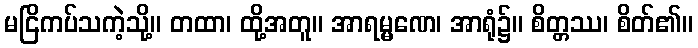
မငြိကပ်သကဲ့သို့။ တထာ၊ ထို့အတူ။ အာရမ္မဏေ၊ အာရုံ၌။ စိတ္တဿ၊ စိတ်၏။